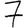
Digit: 7